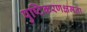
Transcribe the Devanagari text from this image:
पुष्टिकरणक्षमता